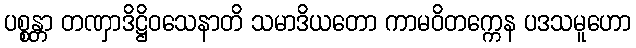
ပစ္စန္တာ တဏှာဒိဋ္ဌိဝသေနာတိ သမာဒိယတော ကာမဝိတက္ကေန ပဒသမူဟော